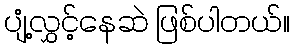
ပျံ့လွှင့်နေဆဲ ဖြစ်ပါတယ်။